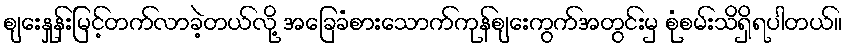
စျေးနှုန်းမြင့်တက်လာခဲ့တယ်လို့ အခြေခံစားသောက်ကုန်စျေးကွက်အတွင်းမှ စုံစမ်းသိရှိရပါတယ်။